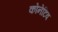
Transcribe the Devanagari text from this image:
कोनेटिव